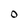
Character: 0